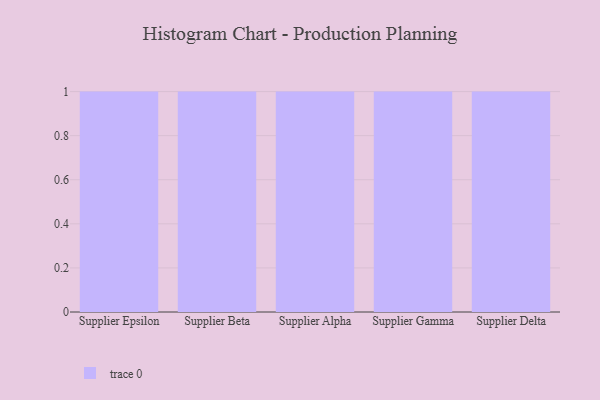
{"axis": {"x": "Supplier", "y": "Conversion Rate (%)"}, "legend": [""], "data": [{"x": "Supplier Epsilon", "y": 18, "type": ""}, {"x": "Supplier Beta", "y": 96, "type": ""}, {"x": "Supplier Alpha", "y": 25, "type": ""}, {"x": "Supplier Gamma", "y": 57, "type": ""}, {"x": "Supplier Delta", "y": 63, "type": ""}]}